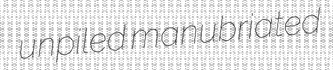
unpiled manubriated